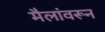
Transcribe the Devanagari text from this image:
मैलांवरून